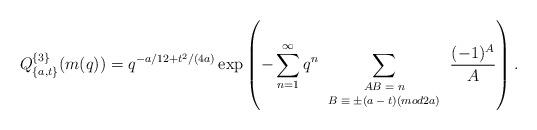
LaTeX: \begin{align*}Q^{\{3\}}_{\{a,t\}}(m(q))=q^{-a/12+t^2/(4a)}\exp\left(-\sum^{\infty}_{n=1}q^n\sum_{\scriptsize\begin{array}{cc}AB=n\\B\equiv \pm (a-t)(mod 2a)\end{array}\normalsize}\frac{(-1)^A}{A}\right).\end{align*}